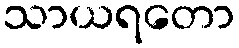
သာယရတော